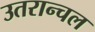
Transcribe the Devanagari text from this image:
उतरान्चल